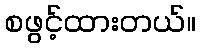
စဖွင့်ထားတယ်။